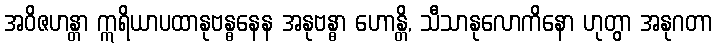
အဝိဇဟန္တာ ဣရိယာပထာနုဗန္ဓနေန အနုဗန္ဓာ ဟောန္တိ, သီသာနုလောကိနော ဟုတွာ အနုဂတာ